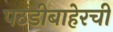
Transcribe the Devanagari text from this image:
पठडीबाहेरची